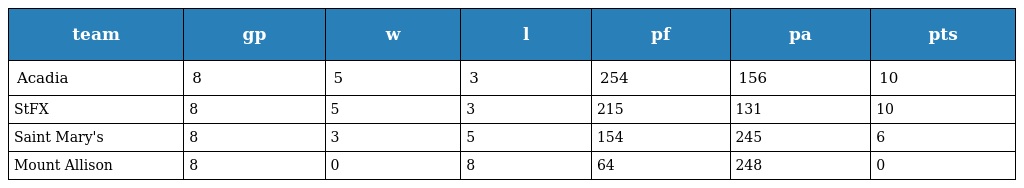
| team | gp | w | l | pf | pa | pts |
 | --- | --- | --- | --- | --- | --- | --- |
 | Acadia | 8 | 5 | 3 | 254 | 156 | 10 |
 | StFX | 8 | 5 | 3 | 215 | 131 | 10 |
 | Saint Mary's | 8 | 3 | 5 | 154 | 245 | 6 |
 | Mount Allison | 8 | 0 | 8 | 64 | 248 | 0 |